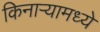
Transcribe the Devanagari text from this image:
किनाऱ्यामध्ये